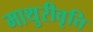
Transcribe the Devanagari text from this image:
माथुरीवृत्ति